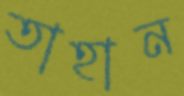
তাহান